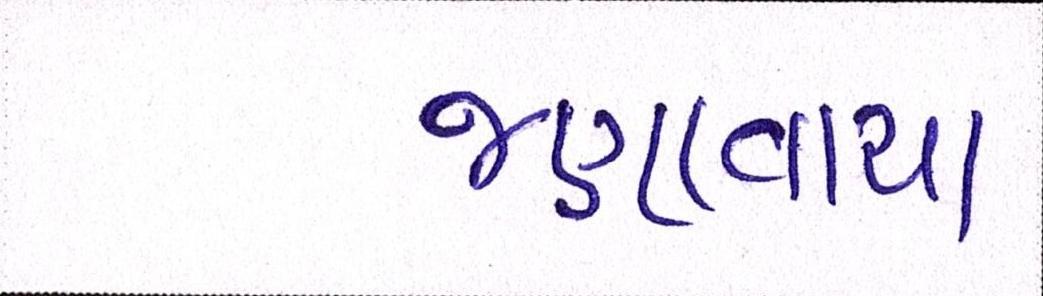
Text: જણાવાયા